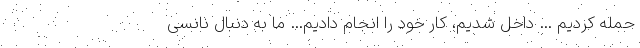
حمله کردیم … داخل شدیم، کار خود را انجام دادیم… ما به دنبال نانسی